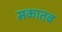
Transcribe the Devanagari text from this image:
मकातब